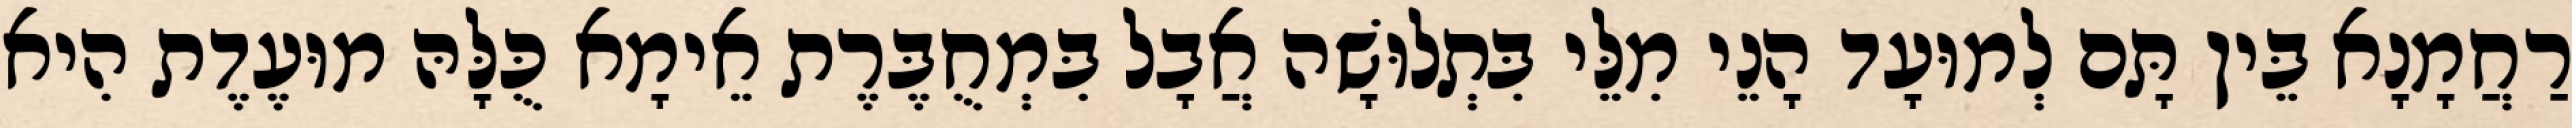
רַחֲמָנָא בֵּין תָּם לְמוּעָד הָנֵי מִלֵּי בִּתְלוּשָׁה אֲבָל בִּמְחֻבֶּרֶת אֵימָא כֻּלָּהּ מוּעֶדֶת הִיא